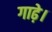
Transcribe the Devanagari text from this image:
गाढ़े।